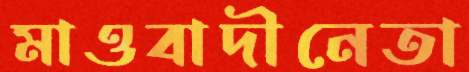
মাওবাদীনেতা